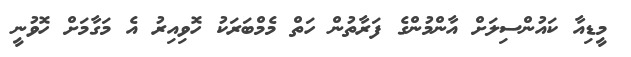
މީޑިއާ ކައުންސިލަށް އާންމުންގެ ފަރާތުން ހަތް މެމްބަރަކު ހޮވިއިރު އެ މަގާމަށް ހޮވުނީ